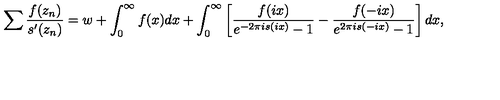
\sum \frac { f ( z _ { n } ) } { s ^ { \prime } ( z _ { n } ) } = w + \int _ { 0 } ^ { \infty } { f ( x ) d x } + \int _ { 0 } ^ { \infty } { \left[ \frac { f ( i x ) } { e ^ { - 2 \pi i s ( i x ) } - 1 } - \frac { f ( - i x ) } { e ^ { 2 \pi i s ( - i x ) } - 1 } \right] d x } ,